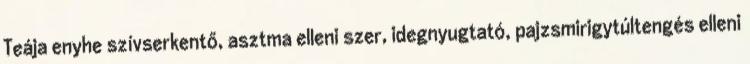
Teája enyhe szívserkentő, asztma elleni szer, idegnyugtató, pajzsmirigytúltengés elleni